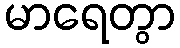
မာရေတွာ